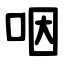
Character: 咽